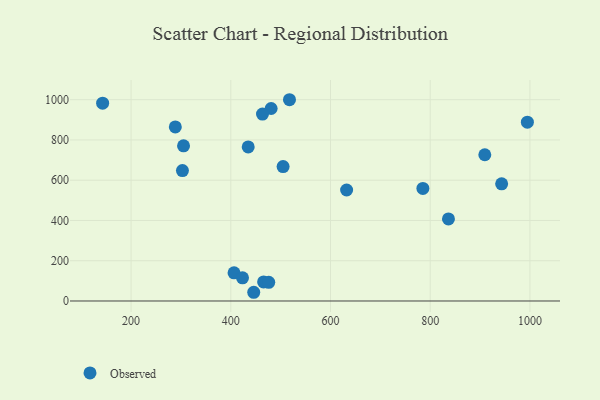
{"axis": {"x": "Experience", "y": "Yield"}, "legend": ["Observed"], "data": [{"x": "785.3", "y": 559.1, "type": "Observed"}, {"x": "465.8", "y": 94.5, "type": "Observed"}, {"x": "406.5", "y": 139.9, "type": "Observed"}, {"x": "504.9", "y": 667.9, "type": "Observed"}, {"x": "303.0", "y": 648.1, "type": "Observed"}, {"x": "476.1", "y": 92.8, "type": "Observed"}, {"x": "943.3", "y": 582.3, "type": "Observed"}, {"x": "480.9", "y": 956.2, "type": "Observed"}, {"x": "994.9", "y": 888.6, "type": "Observed"}, {"x": "423.5", "y": 115.3, "type": "Observed"}, {"x": "836.6", "y": 407.9, "type": "Observed"}, {"x": "434.9", "y": 765.2, "type": "Observed"}, {"x": "142.9", "y": 982.9, "type": "Observed"}, {"x": "517.7", "y": 999.9, "type": "Observed"}, {"x": "446.0", "y": 43.3, "type": "Observed"}, {"x": "288.7", "y": 865.0, "type": "Observed"}, {"x": "632.3", "y": 551.4, "type": "Observed"}, {"x": "463.6", "y": 928.4, "type": "Observed"}, {"x": "909.5", "y": 726.6, "type": "Observed"}, {"x": "305.2", "y": 771.0, "type": "Observed"}]}